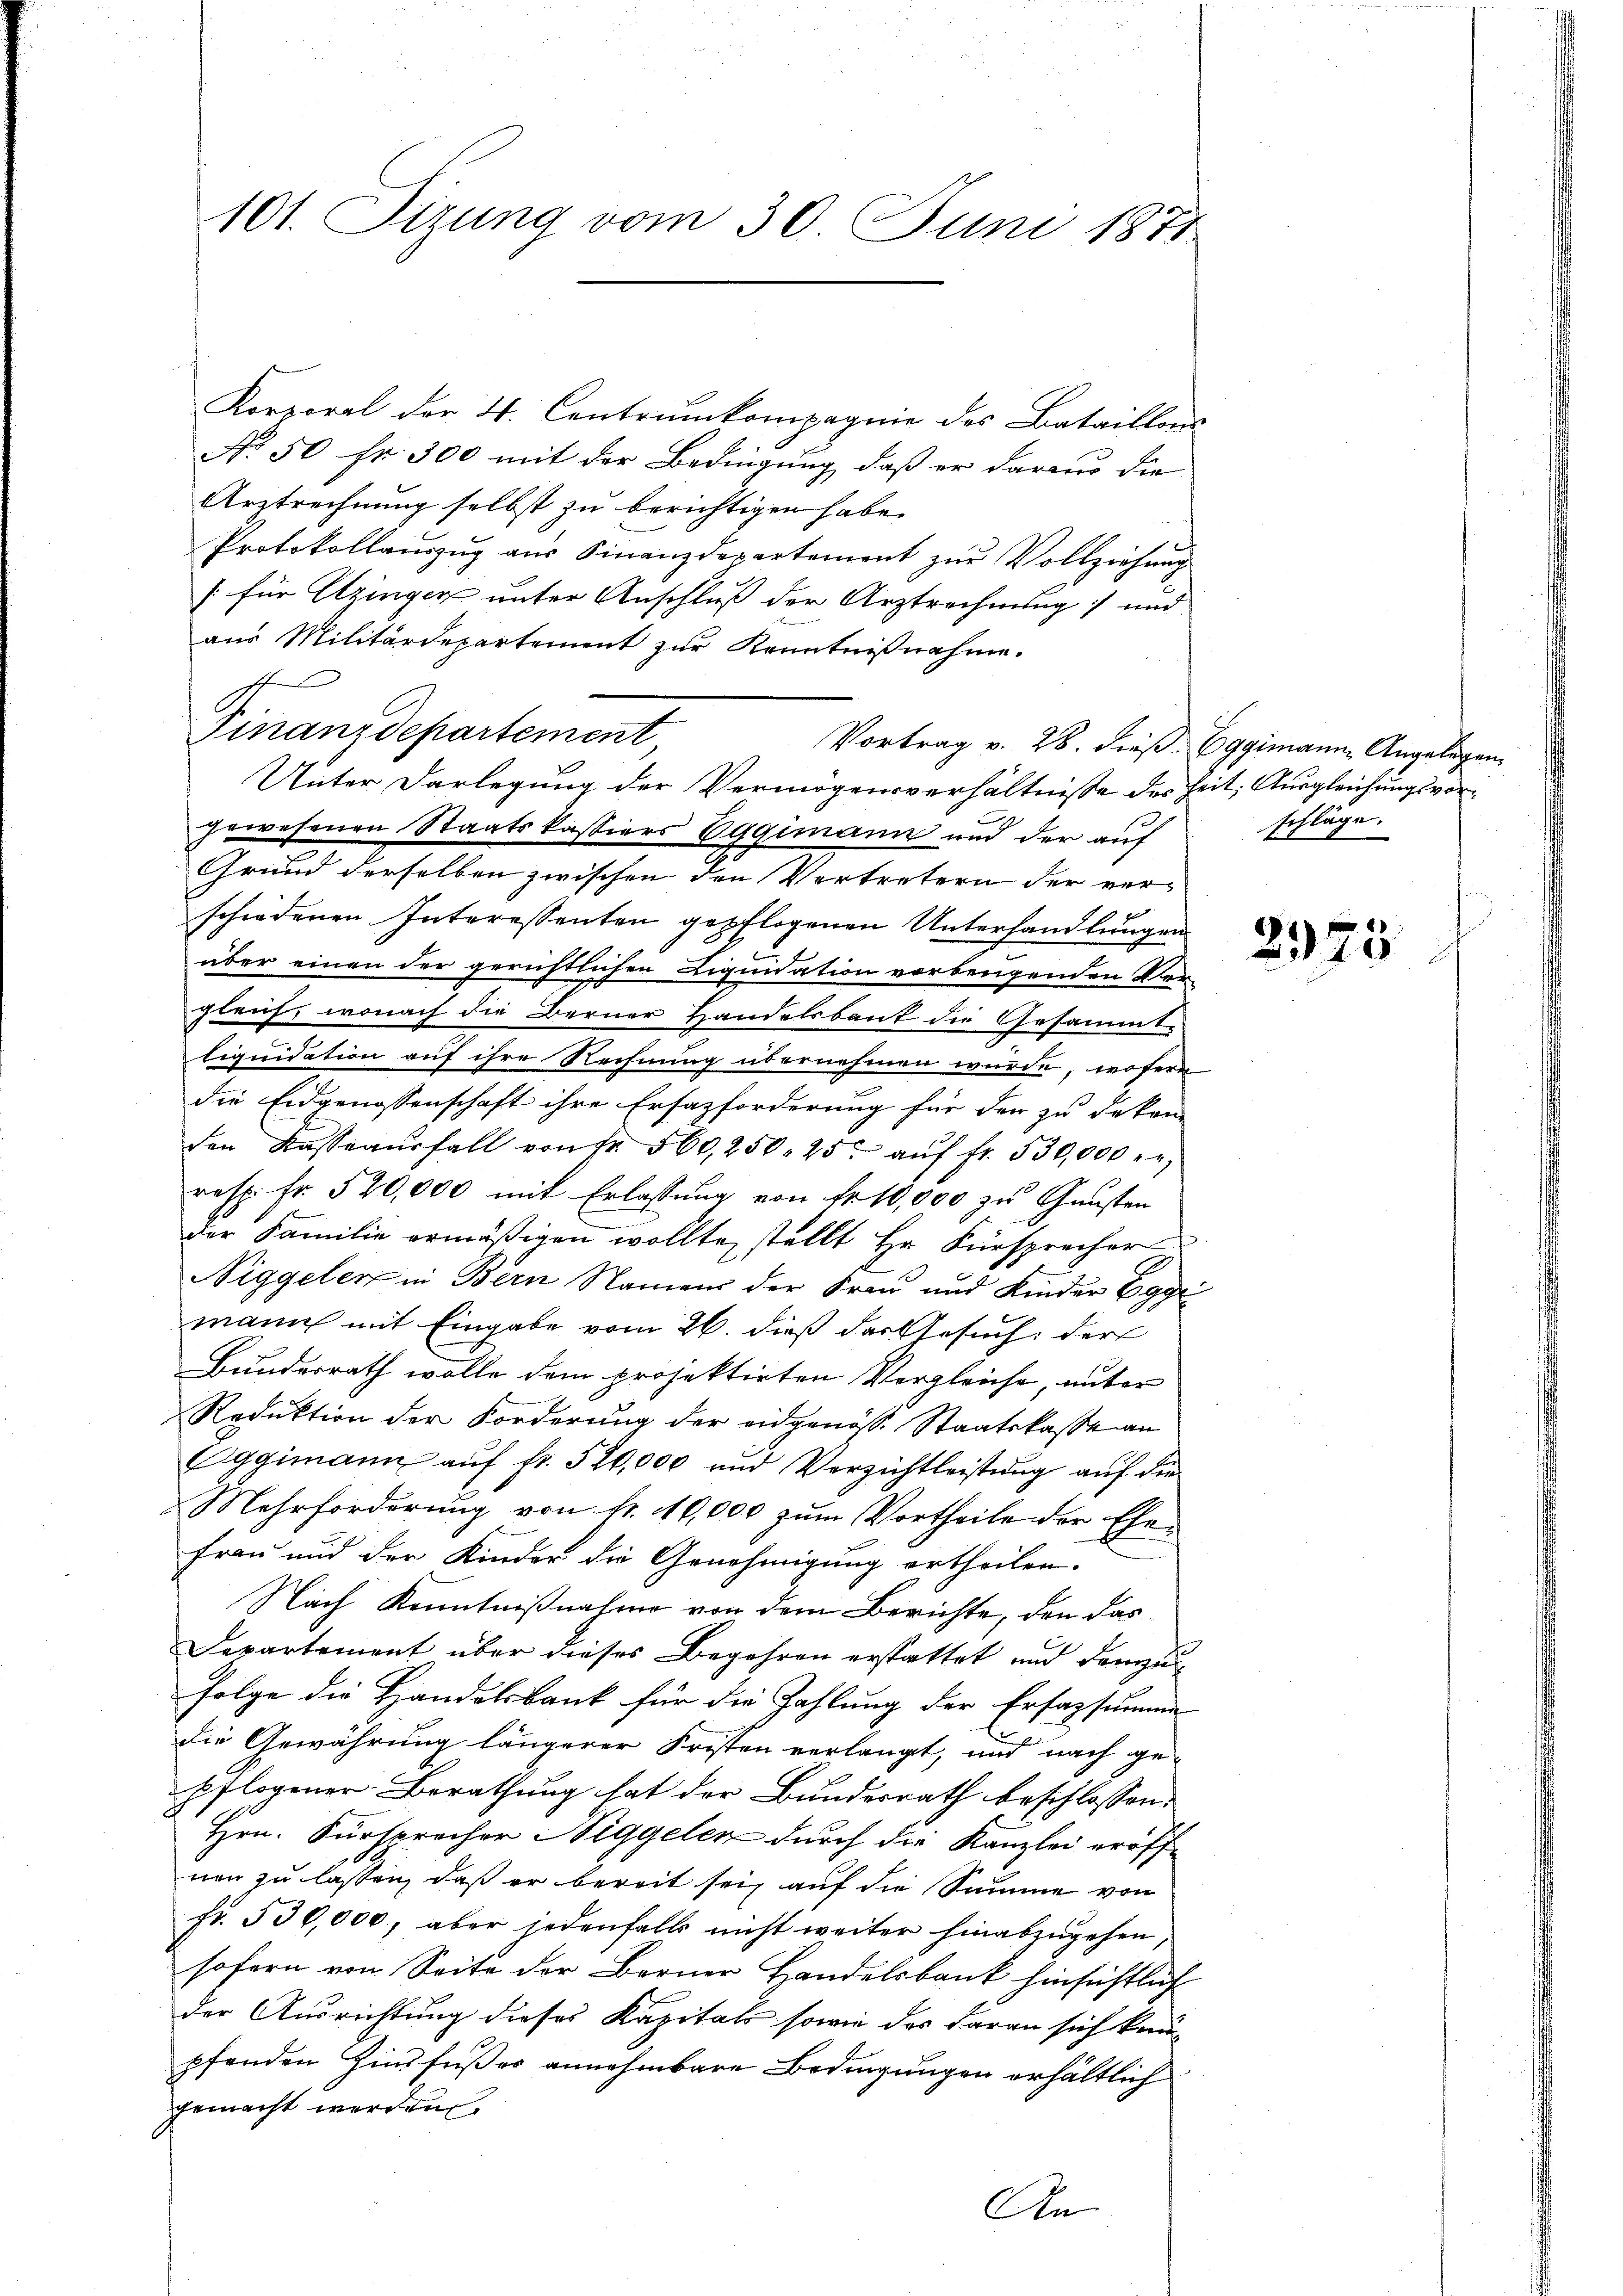
101. Sizung vom 30. Juni 1871

Korporal der 4. Centrumkompagnie des Bataillons
No 50 fr. 300 mit der Bedingung, daß er daraus die
Urztrechnung selbst zu berichtigen habe.
Protokollaŭszŭg aŭs Finanzdepartement zŭr Vollziehŭng
[für Utzingen unter Anschluß der Arztrechnung und
aus Militärdepartement zur Kenntnißnahme.
Finanzdepartement
Vortrag v. 28. dieß. Eggimann Angelegen
Unter Darlegung der Vermögensverhältnisse des Zeit, Ausgleichungsvor-
gewesenen Staatskassiers Eggimann und der auf
Grund derselben zwischen den Vertretern der verschiedenen Interessenten gepflogenen Unterhandlungen
über einen der gerichtlichen Liquidation vorbeugenden Vergleich, wonach die Berner Handelsbaut die Gesammt-
liquidation auf ihre Rechnung übernehmen wurde, wofern
die Eidgenossenschaft ihre Ersazforderung für den zu dekon-
den Kassaaŭsfall von Fr. 560,250. 25. aŭf fr. 530,000 -
resp. Fr. 520,000 mit Erlassung von fr. 10,000 zu Gunsten
der Familie ermäßigen wollte, stellt Hr. Fürsprecher
Niggeler in Bern Namens der Frau und Kinder Eggr
mann mit Eingabe vom 26. dieß der Gesuch der
Bundesrath wolle dem projektirten Vergleiche, unter
Reduktion der Forderung der eidgenöss. Staatskasse an
Eggimann auf fr. 520,000 und Verzichtleistung auf die
Mehrforderung von fr. 10,000 zum Vortheile der Ehe¬
Frau und der Kinder die Genehmigung ertheilen.
Nach Kenntnißnahme von dem Berichte, den das
Departement über dieses Begehren erstattet und dannzun
Folge die Handelsbank für die Zahlung der Erfassumme
die Gewährung längerer Fristen verlangt, und nach gepflogener Berathung hat der Bundesrath beschlossen:
Hrn. Fürsprocher Niggelen durch die Kanzlei eröffnen zu lassen, daß er bereit sei, auf die Summe von
fr. 530,000, aber jedenfalls nicht weiter hinabzŭgehen,
sofern von Seite der Berner Handelsbank hinsichtlich
der Ausrichtung dieses Kapitals sowie das daran sich kanpfenden Zinsfußes annehmbare Bedingungen erhältlich
gemacht werden.
An

schläge.

2975